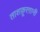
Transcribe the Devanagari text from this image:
ताशक़ूरग़ानी